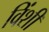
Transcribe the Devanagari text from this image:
विंशी